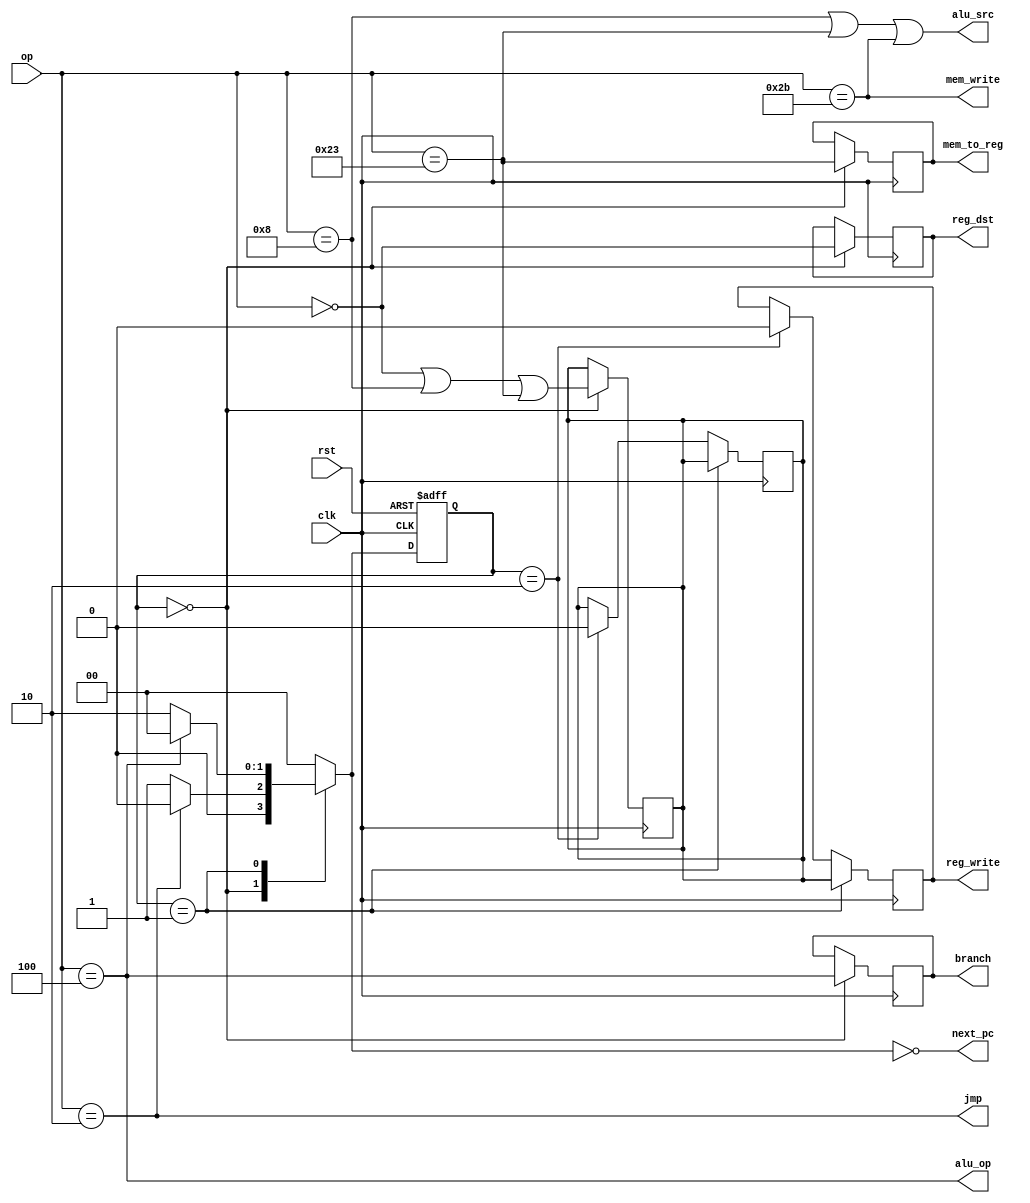
module CPUCtl(
  input clk, rst,
  input [5:0] op,
  output mem_write, alu_op, alu_src, jmp,
  output reg reg_dst, branch, mem_to_reg, reg_write, next_pc
);
  reg [1:0] cs = SID;
  reg [1:0] ns;
  localparam SID = 0;
  localparam SME = 1;
  localparam SWB = 2;

  reg i_reg_write;

  always @(posedge clk or posedge rst) begin
    if (rst) begin
      cs <= SID;
    end else begin
      cs <= ns;
    end
  end

  always @(posedge clk) begin
    if (cs == SID) begin
      i_reg_write <= (op == 6'b000000) || (op == 6'b001000) || (op == 6'b100011);

      reg_dst <= op == 6'b000000;
      branch <= op == 6'b000100;
      mem_to_reg <= op == 6'b100011;
    end
  end

  assign mem_write = op == 6'b101011;

  assign alu_op = op == 6'b000100;

  assign alu_src = (op == 6'b001000) || (op == 6'b100011) || (op == 6'b101011);

  assign jmp = op == 6'b000010;

  always @(negedge clk) begin
    if (cs == SME) begin
      reg_write <= i_reg_write;
    end else if (cs == SWB) begin
      i_reg_write <= 0;
      reg_write <= 0;
    end
  end

  always @(*) begin
    case (cs)
      SID: if (op == 6'b000010) begin
        ns = SID;
      end else begin
        ns = SME;
      end
      SME: if (op == 6'b000100) begin
        ns = SID;
      end else begin
        ns = SWB;
      end
      SWB: ns = SID;
      default: ns = SID;
    endcase

    next_pc = ns == SID;
  end
endmodule